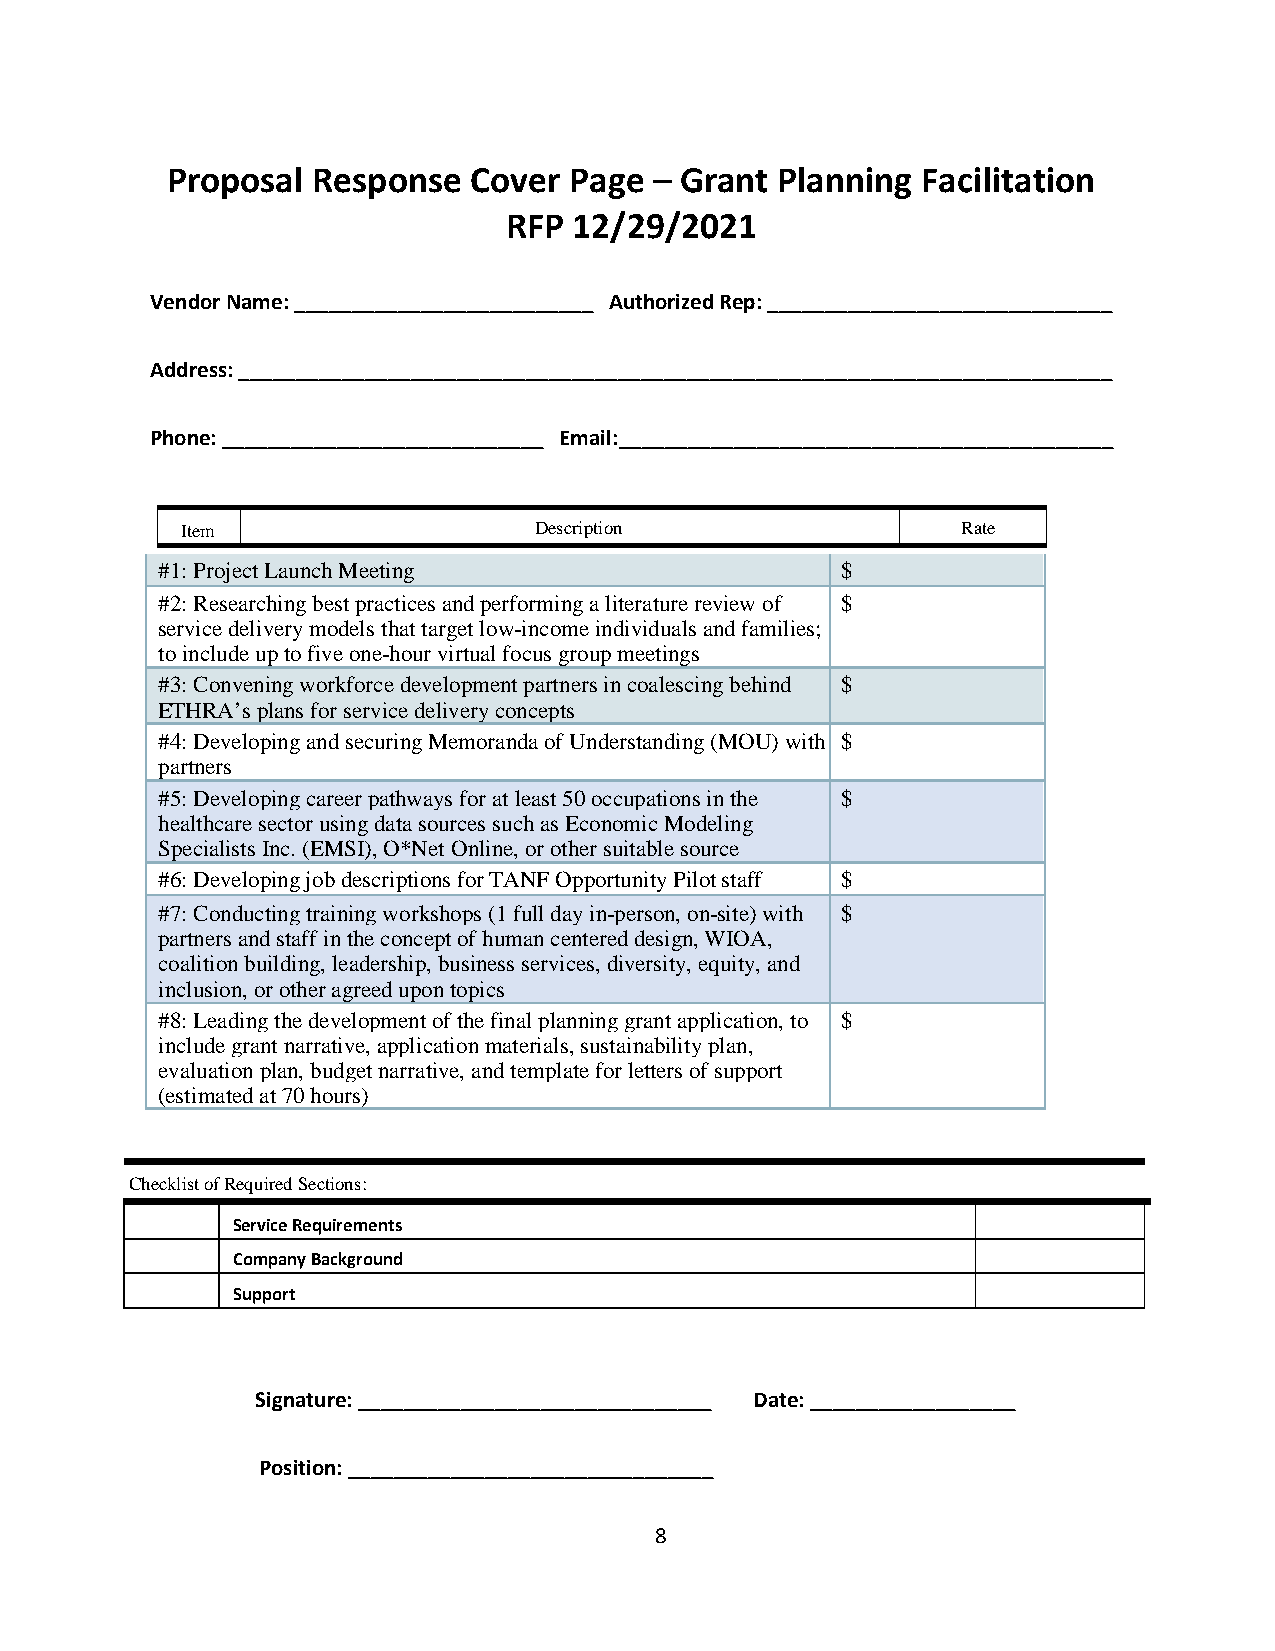
Proposal  Response  Cover  Page – Grant  Planning Facilitation
 RFP  12/29/2021
 Vendor Name: __________________________ Authorized Rep: ______________________________
 Address: ____________________________________________________________________________
 Phone: ____________________________ Email:___________________________________________
 Item                   Description                  Rate
 #1: Project Launch Meeting                    $
 #2: Researching best practices and performing a literature review of $
 service delivery models that target low-income individuals and families;
 to include up to five one-hour virtual focus group meetings
 #3: Convening workforce development partners in coalescing behind $
 ETHRA’s plans for service delivery concepts
 #4: Developing and securing Memoranda of Understanding (MOU) with $
 partners
 #5: Developing career pathways for at least 50 occupations in the $
 healthcare sector using data sources such as Economic Modeling
 Specialists Inc. (EMSI), O*Net Online, or other suitable source
 #6: Developing job descriptions for TANF Opportunity Pilot staff $
 #7: Conducting training workshops (1 full day in-person, on-site) with $
 partners and staff in the concept of human centered design, WIOA,
 coalition building, leadership, business services, diversity, equity, and
 inclusion, or other agreed upon topics
 #8: Leading the development of the final planning grant application, to $
 include grant narrative, application materials, sustainability plan,
 evaluation plan, budget narrative, and template for letters of support
 (estimated at 70 hours)
 Checklist of Required Sections:
 Service Requirements
 Company Background
 Support
 Signature: _______________________________ Date: __________________
 Position: ________________________________
 8